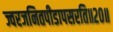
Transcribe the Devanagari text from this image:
ज्वरजनितपीडापसरति॥२०॥